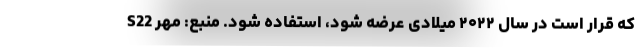
S22 که قرار است در سال ۲۰۲۲ میلادی عرضه شود، استفاده شود. منبع: مهر